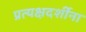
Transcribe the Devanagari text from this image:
प्रत्यक्षदर्शींना